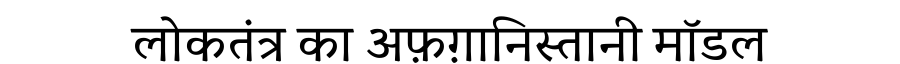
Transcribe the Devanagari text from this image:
लोकतंत्र का अफ़ग़ानिस्तानी मॉडल